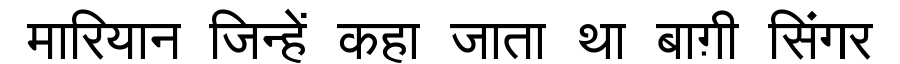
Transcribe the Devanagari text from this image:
मारियान जिन्हें कहा जाता था बाग़ी सिंगर